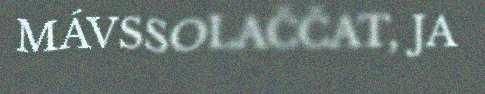
MÁVSSOLAČČAT, JA